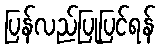
ပြန်လည်ပြုပြင်ရန်